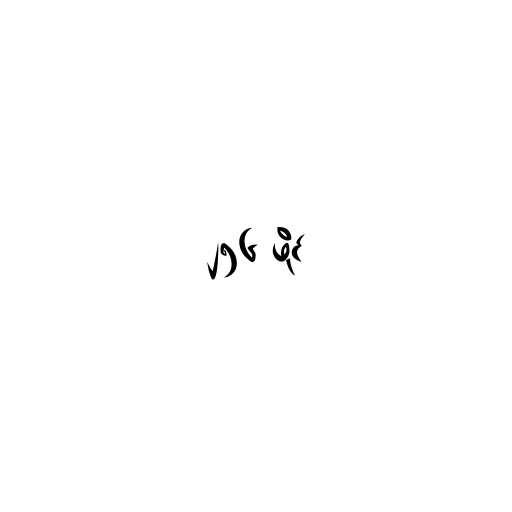
၂၅၆ ဖိုင်